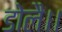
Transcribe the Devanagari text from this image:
डोलै।।